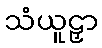
သံယူဠှာ